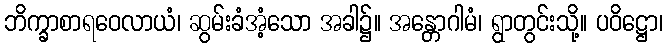
ဘိက္ခာစာရဝေလာယံ၊ ဆွမ်းခံအံ့သော အခါ၌။ အန္တောဂါမံ၊ ရွာတွင်းသို့။ ပဝိဋ္ဌော၊